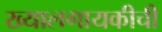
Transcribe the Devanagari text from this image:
ख्यालगायकीची